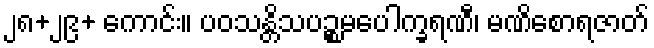
၂၈+၂၉+ ကောင်း။ ပဝသန္တိသပဉ္စမပေါက္ခရဏီ၊ မဏိစောရဇာတ်